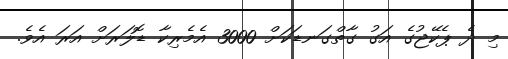
މި ދެ ޕެކޭޖުގެ އަގު ގާތްގަނޑަކަށް 3000 އެމެރިކާ ޑޮލަރަށް އަރަ އެވެ.